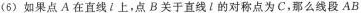
(6)如果点A在直线l上，点B关于直线l的对称点为C，那么线段AB